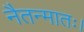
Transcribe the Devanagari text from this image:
नैतन्मातः।